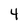
Character: 4